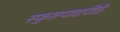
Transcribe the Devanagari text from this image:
स्फुरत्पादपीठे